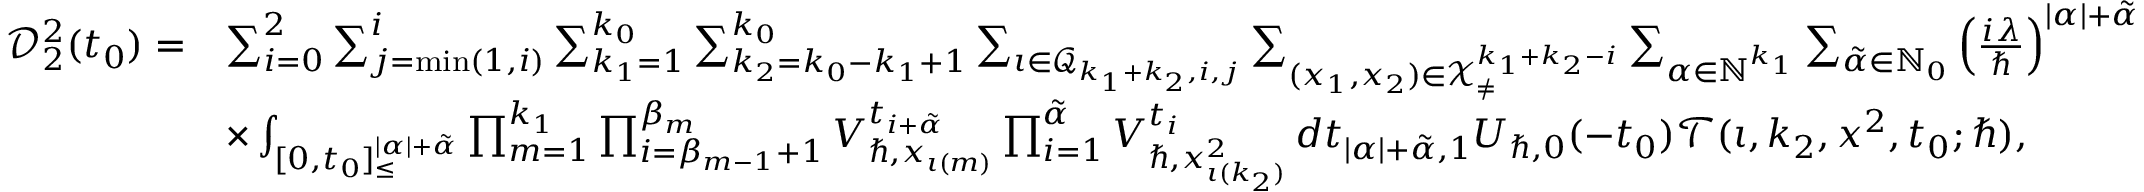
\begin{array} { r l } { \mathcal { D } _ { 2 } ^ { 2 } ( t _ { 0 } ) = } & { \sum _ { i = 0 } ^ { 2 } \sum _ { j = \operatorname* { m i n } ( 1 , i ) } ^ { i } \sum _ { k _ { 1 } = 1 } ^ { k _ { 0 } } \sum _ { k _ { 2 } = k _ { 0 } - k _ { 1 } + 1 } ^ { k _ { 0 } } \sum _ { \iota \in \mathcal { Q } _ { k _ { 1 } + k _ { 2 } , i , j } } \sum _ { ( \boldsymbol { x } _ { 1 } , \boldsymbol { x } _ { 2 } ) \in \mathcal { X } _ { \neq } ^ { k _ { 1 } + k _ { 2 } - i } } \sum _ { \alpha \in \mathbb { N } ^ { k _ { 1 } } } \sum _ { \tilde { \alpha } \in \mathbb { N } _ { 0 } } \left( \frac { i \lambda } { \hbar } \right) ^ { | \alpha | + \tilde { \alpha } } } \\ & { \times \int _ { [ 0 , t _ { 0 } ] _ { \leq } ^ { | \alpha | + \tilde { \alpha } } } \prod _ { m = 1 } ^ { k _ { 1 } } \prod _ { i = \beta _ { m - 1 } + 1 } ^ { \beta _ { m } } V _ { \hbar , x _ { \iota ( m ) } } ^ { t _ { i + \tilde { \alpha } } } \prod _ { i = 1 } ^ { \tilde { \alpha } } V _ { \hbar , x _ { \iota ( k _ { 2 } ) } ^ { 2 } } ^ { t _ { i } } \, d \boldsymbol { t } _ { | \alpha | + \tilde { \alpha } , 1 } U _ { \hbar , 0 } ( - t _ { 0 } ) \mathcal { T } ( \iota , k _ { 2 } , \boldsymbol { x } ^ { 2 } , t _ { 0 } ; \hbar ) , } \end{array}